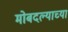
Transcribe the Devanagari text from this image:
मोबदल्याच्या